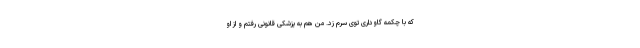
که با چکمه گاوداری توی سرم زد. من هم به پزشکی قانونی رفتم و از او